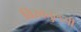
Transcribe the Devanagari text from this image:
विस्वतुलसी